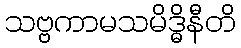
သဗ္ဗကာမသမိဒ္ဓိနီတိ